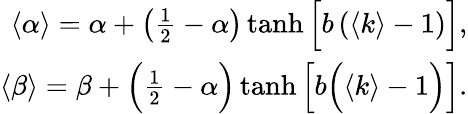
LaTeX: \begin{array}{r}{\langle\alpha\rangle=\alpha+\left(\frac{1}{2}-\alpha\right)\operatorname{tanh}\Big[b\left(\langle k\rangle-1\right)\Big],}\\ {\langle\beta\rangle=\beta+\Big(\frac{1}{2}-\alpha\Big)\operatorname{tanh}\Big[b\Big(\langle k\rangle-1\Big)\Big].}\end{array}